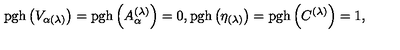
\mathrm { p g h } \left( V _ { \alpha ( \lambda ) } \right) = \mathrm { p g h } \left( A _ { \alpha } ^ { ( \lambda ) } \right) = 0 , \mathrm { p g h } \left( \eta _ { ( \lambda ) } \right) = \mathrm { p g h } \left( C ^ { ( \lambda ) } \right) = 1 ,